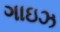
ગાઇઝ